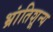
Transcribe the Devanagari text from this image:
भ्रांतिशून्य